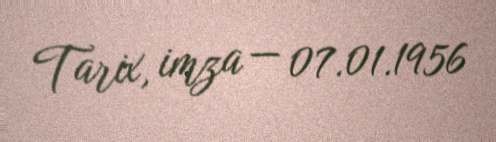
Tarix, imza — 07.01.1956